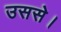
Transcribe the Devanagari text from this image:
उससे।